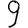
Digit: 9